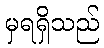
မှရရှိသည်